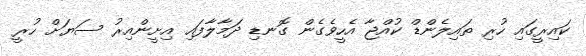
ކައިރީގައި ހުރި ތައިލެންޑް ކުއްޖާ އެހީވެގެން ގޮނޑި ދަމާލާފައި އިށީންއިރު ސަޔަށް ހުރީ